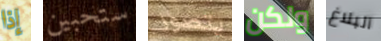
إذا ستحبين يتصور ولكن البلاغ